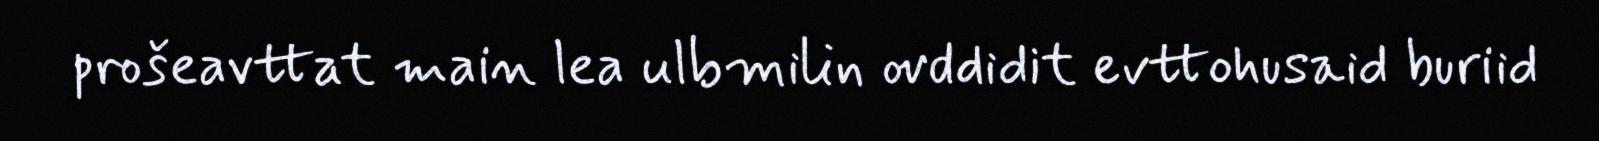
prošeavttat main lea ulbmilin ovddidit evttohusaid buriid